Bréfritari: Aldís Jónasdóttir
Viðtakandi: Jakobína Magnúsdóttir
Dagsetning: A-1877-03-15
Skrifað á: Gimli

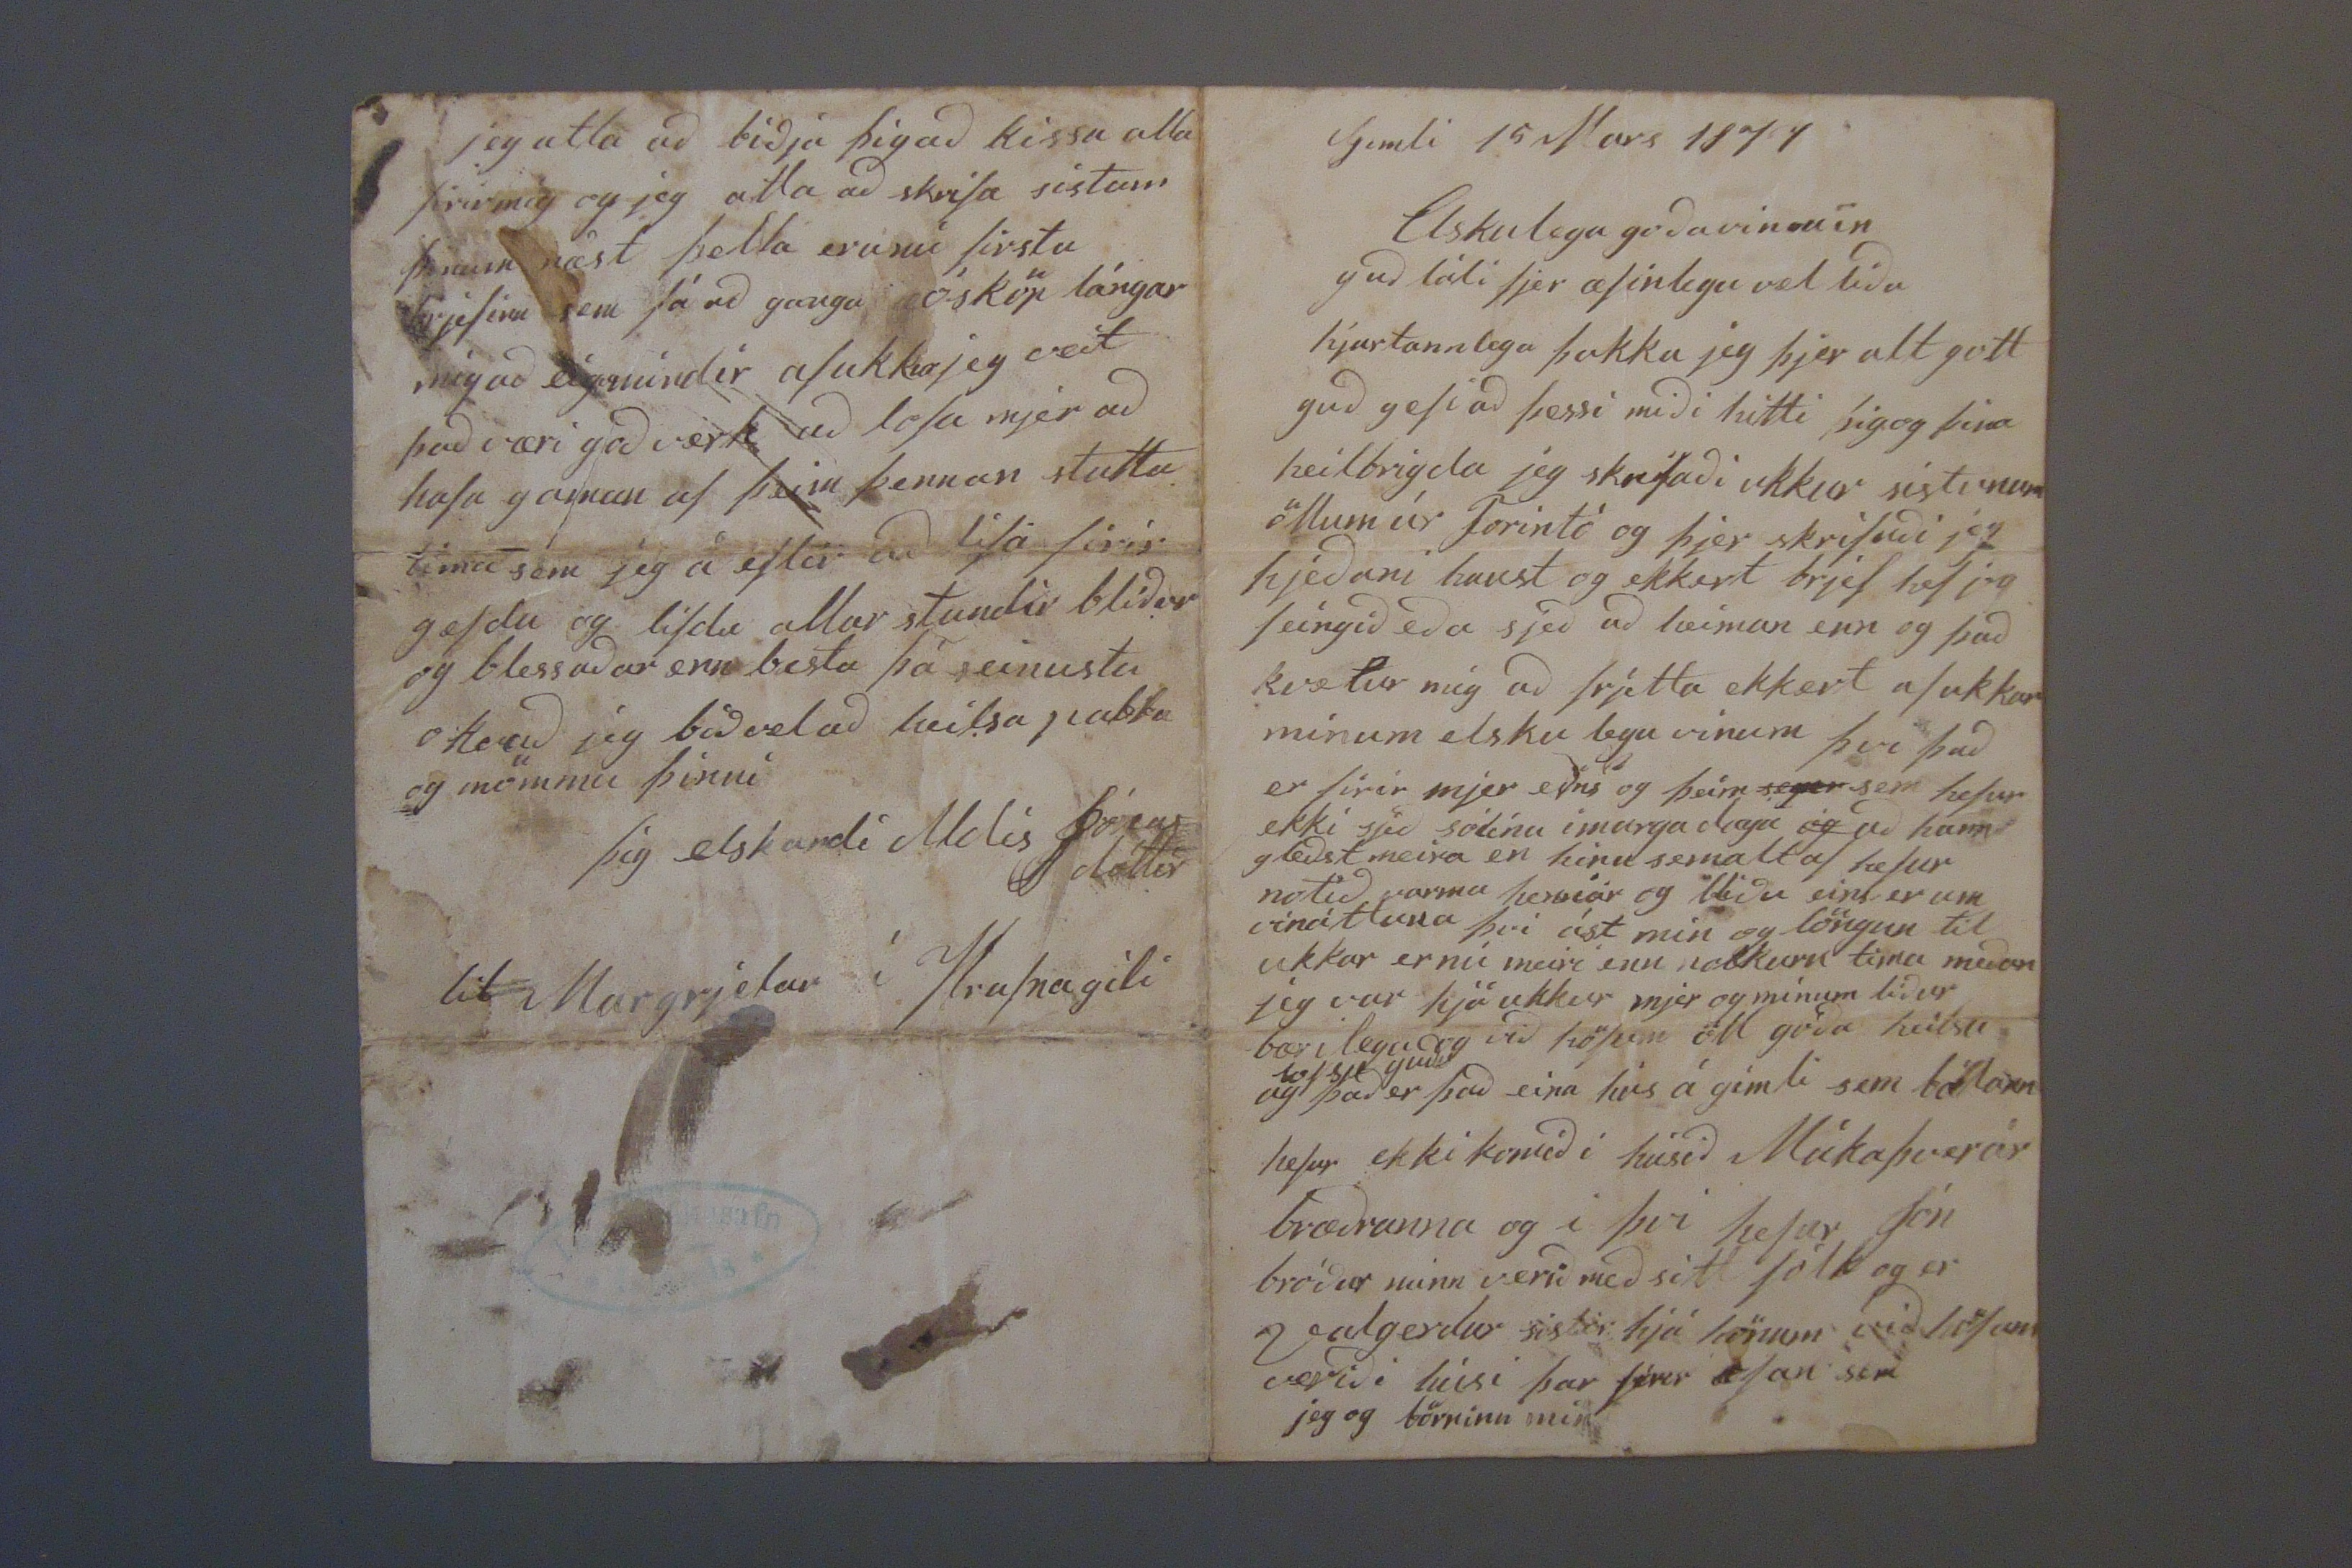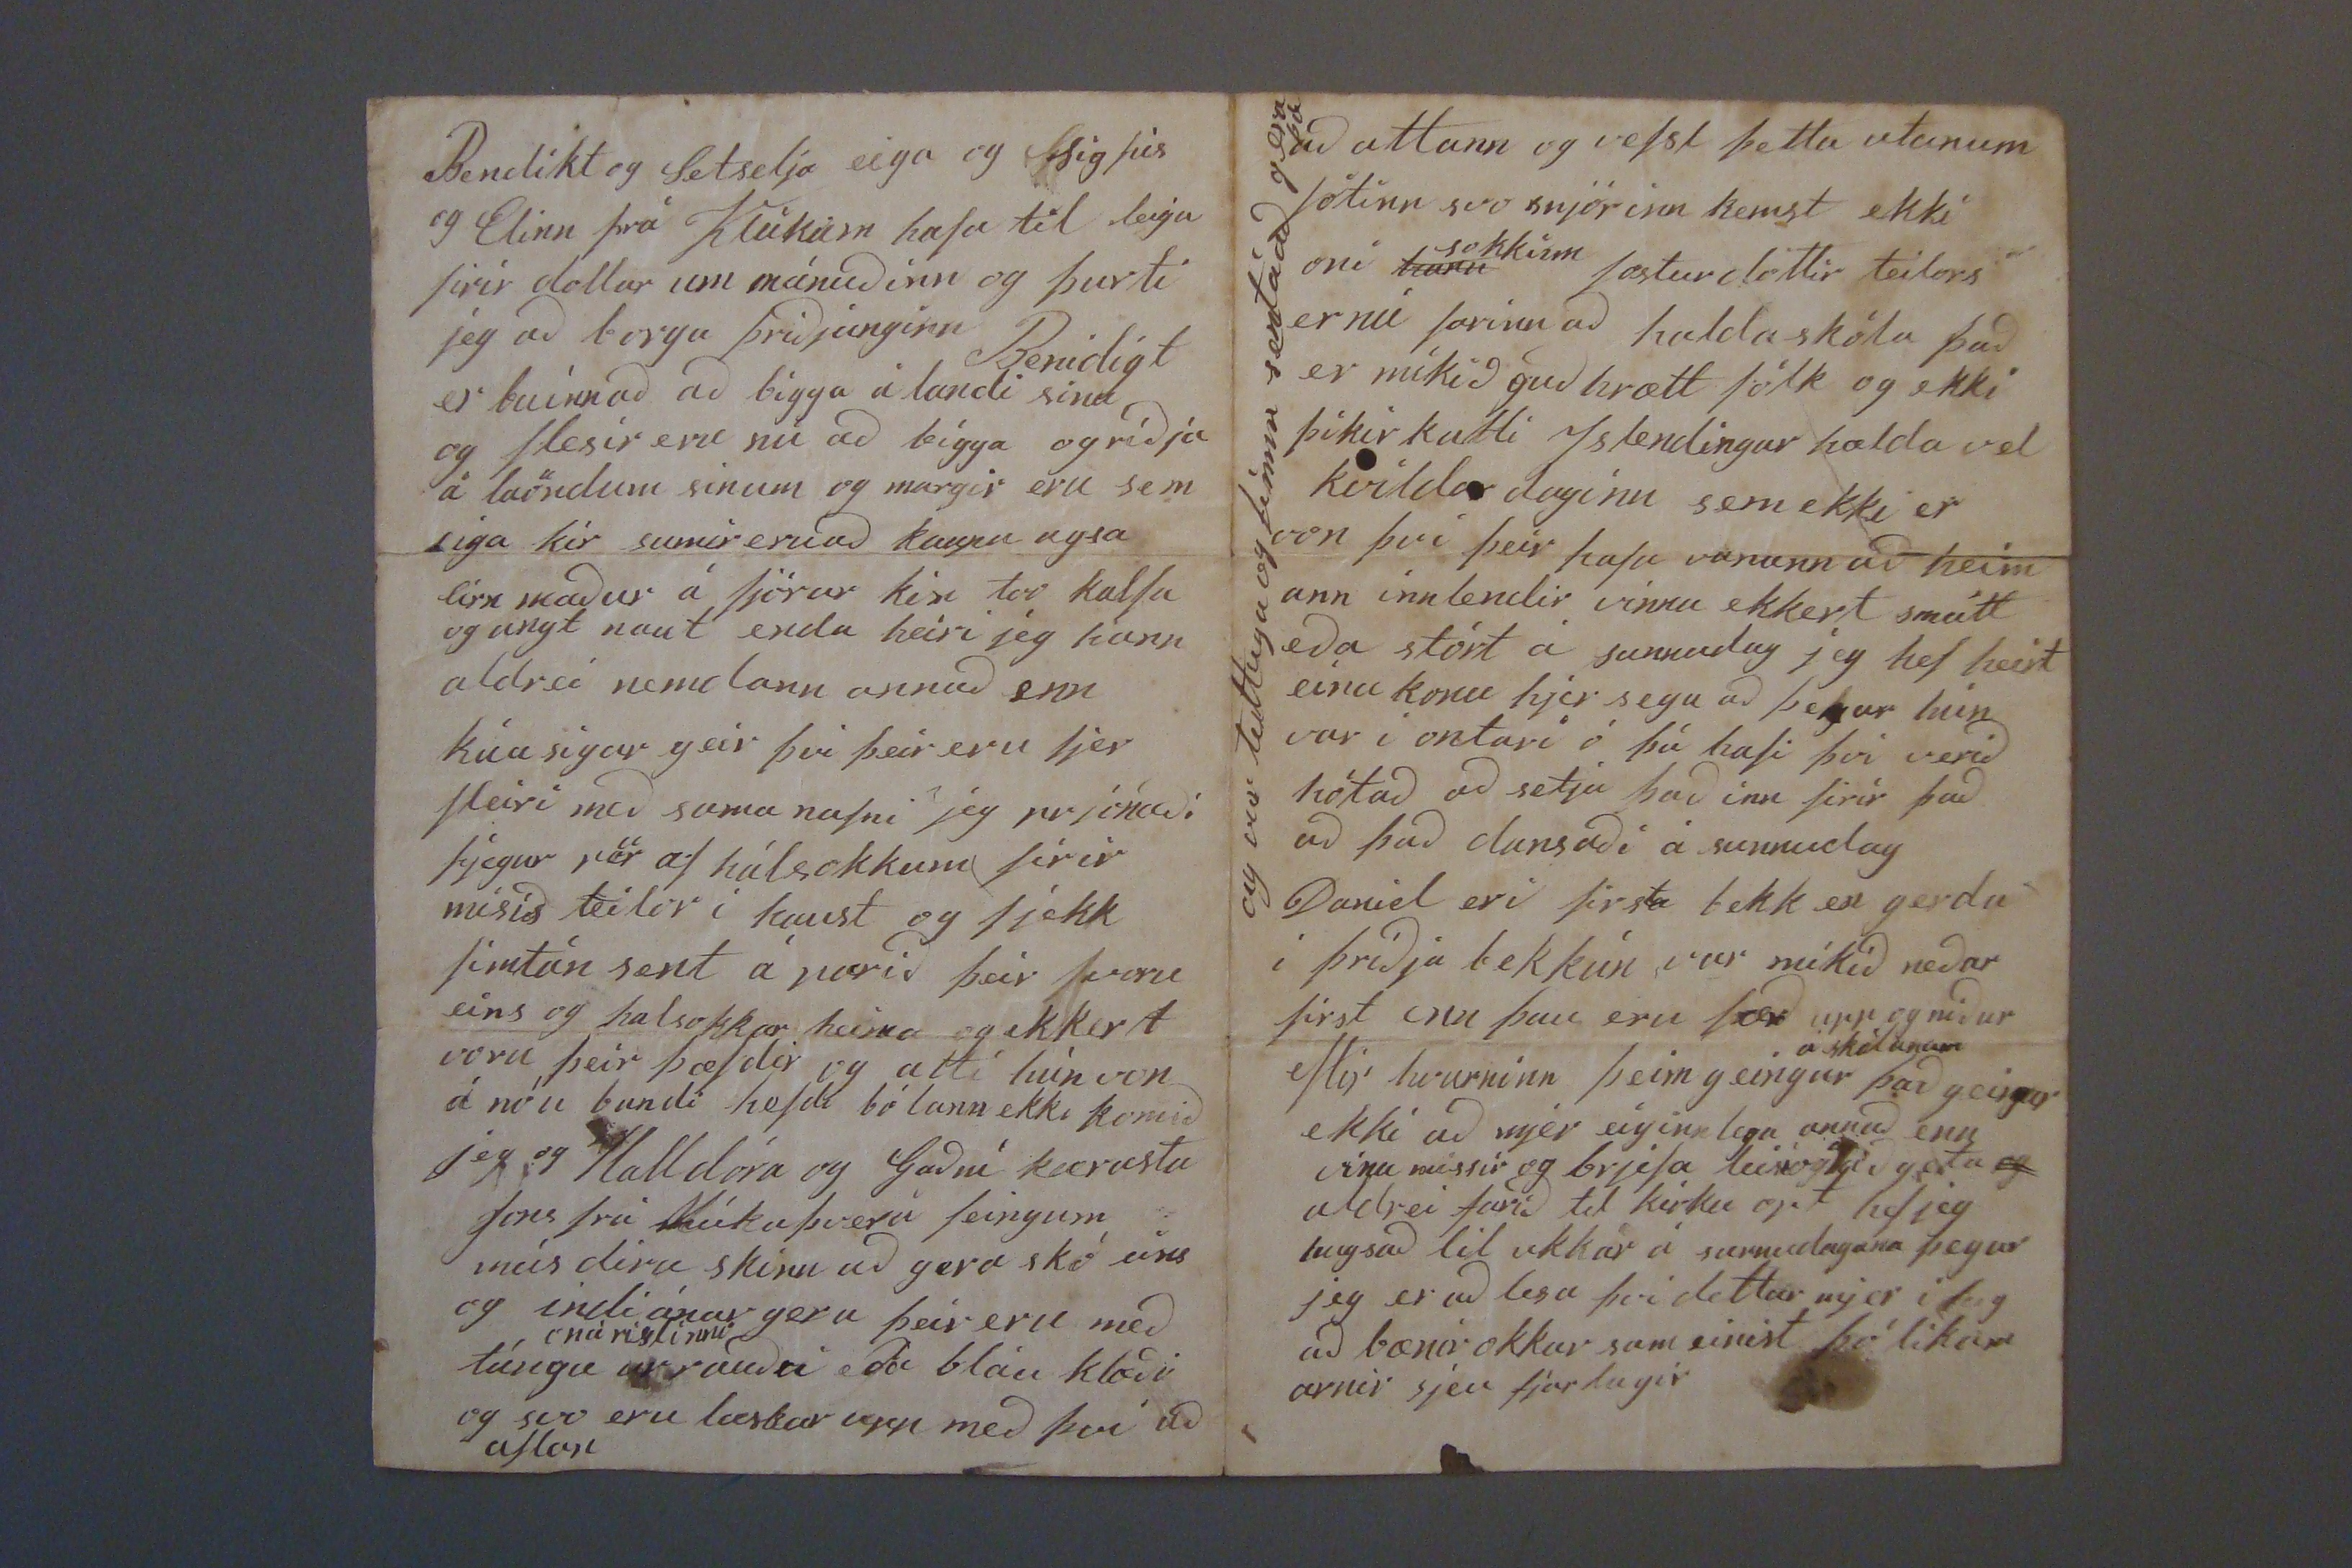

Gimli 15 Mars 1877
Elskulega goða vina mín
guð láti þjer æfinlega vel líða hjartannlega þakka jeg þjer alt gott guð gefi að þessi miði hitti þig og þína heilbrigða jeg skrifaði ikkur sistunum öllum úr
Torintó
og þjer skrifaði jeg hjeðan i haust og ekkert brjef hef jeg feíngið eða sjeð að heiman enn og það kvætur mig að frjetta ekkert af okkar mínum elsku legu vinum því það er firir mjer eins og þeim
sey0
sem hefur ekki sjeð sólína í marga daga
og
að hann gleðst meira en hinn sem altaf hefur notið varma hennar og blíðu eins er um vináttuna því ást mín og löngun til ukkar er nú meiri enn nokkurn tíma meðan jeg var hjá ukkur mjer og mínum líður bærilega og við höfum öll góða heilsu og
lof sje guði
það er það eina hús á gimli sem
b0lann
hefur ekki komið í húsið Múkaþverár bræðranna og i þvi hefur Jón bróður minn verið með sitt fólk og er og valgerður sistir hjá hönum við höfum verið í húsi þar fírir ofan sem jeg og börninn min
Bendikt og Setselja eiga og Sigfús og Elínn frá Klukum hafa til leigu firir dollar um mánuðinn og þurti jeg að borga þriðjunginn Benidigt er búinn að að bigga á landi sínu og flesir eru nú að bígga og ríðja á l
aöndum
sinum og margir eru sem eiga kír sumir eru að kaupa ugsa eírn maður á fjórar kír tvo kalfa og ungt naut enda heiri jeg hann aldrei nemdann annað enn kúasigur geir þvi þeir eru sjer fleiri með sama nafni jeg prjónaði fjögur pör af hálsokkum firir
mikið teilor
í haust og fjekk fimtán sent á parið þeir voru eins og halsokkar heima og ekkert voru þeir þæfdir og atti hún von á nóu bundi hefdi bólann ekki komið jeg og Halldóra og Guðní kærasta Jons frá Múkaþverá feingum mús díra skinn að gera skó eins og indiánar gera þeir eru með túngu
0 ná r00linni
ur rauðu eða bláu klæði og svo eru læskar upp með því að
aflar
að attann og vefst þetta utanum fótinn svo snjórinn kemst ekki oní
hann
sokkinn
fosturdóttir teilors er nú farinn að halda skóla það er mikið guðhrætt fólk og ekki þikir katli Islendingar halda vel kvíldar daginn sem ekki er von því þeir hafa vanann að heím ann innlendir vinnu ekkert smátt eða stórt á sunnudag jeg hef heirt eina konu hjer sega að þegar hún var í ontari ó þá hafi því verið hótað að setja það inn firir það að það dansaði á sunnudag Daniel eri firsta bekk en gerdu i þriðja bekk
un
var mikið neðar first enn þau eru færð upp og niður eftir hvurninn þeim geingur
á skólanum
það geingur ekki að mjer eiginnlega annað enn vina missir og brjefa
leisi og góð geta
og
aldrei farið til kirku opt hef jeg hugsað til ukkar á sunnudagana þegar jeg er að lesa því dettur mjer i hug að bænir okkar sameinist þó líkam arnir sjeu fjárlagir
og var tuttugu og fimm sent á að gera þá
jeg atla að biðja þig að kissa alla firir mig og jeg atla að skrifa sistum þinum næst þetta eru nú firstu brjefinn sem fá að ganga ósköp lángar mig að eiga mindir af ukkur jeg veit það væri goð verk að lofa mjer að hafa gaman af þeim þennan stutta tíma sem jeg á eftir: að lifa firir gæfdu og lifdu allar stundir blíður og blessaður enn bestu þá seinustu
0k0 að
jeg bið vel að heilsa pabba og mömmu þinni
þín elskandi Aldís
Jónas
dóttir
lit
Margrjetar í Hrafnagili